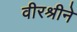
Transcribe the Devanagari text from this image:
वीरश्रीने